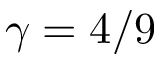
\gamma = 4 / 9